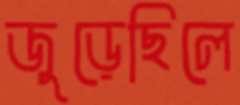
জুড়েছিলে